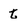
Character: t